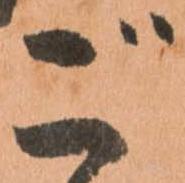
ご